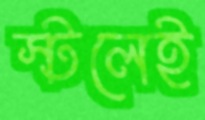
স্টলেই